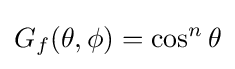
G_{f}(\theta ,\phi )=\cos ^{n}{\theta }